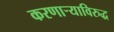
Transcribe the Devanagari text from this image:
करणार्‍याविरुद्ध